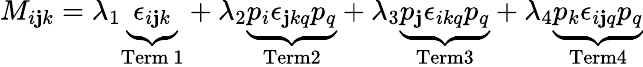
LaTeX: M_{i\mathbf{j}k}=\lambda_{1}\underbrace{{\epsilon_{i\mathbf{j}k}}}_{\mathrm{{Term~1}}}+\lambda_{2}\underbrace{{p_{i}\epsilon_{\mathbf{j}kq}p_{q}}}_{\mathrm{{Term2}}}+\lambda_{3}\underbrace{{p_{\mathbf{j}}\epsilon_{ikq}p_{q}}}_{\mathrm{{Term3}}}+\lambda_{4}\underbrace{{p_{k}\epsilon_{i\mathbf{j}q}p_{q}}}_{\mathrm{{Term4}}}